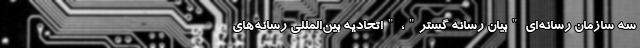
سه سازمان رسانه‌ای "بیان رسانه گستر"، "اتحادیه بین‌المللی رسانه‌های